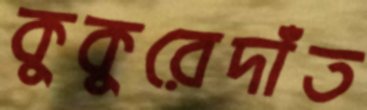
কুকুরেদাঁত